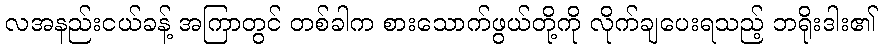
လအနည်းငယ်ခန့် အကြာတွင် တစ်ခါက စားသောက်ဖွယ်တို့ကို လိုက်ချပေးရသည့် ဘရိုးဒါး၏